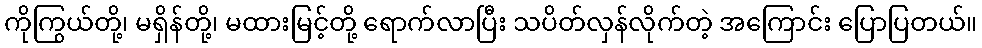
ကိုကြွယ်တို့၊ မရှိန်တို့၊ မထားမြင့်တို့ ရောက်လာပြီး သပိတ်လှန်လိုက်တဲ့ အကြောင်း ပြောပြတယ်။